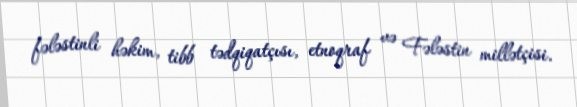
fələstinli həkim, tibb tədqiqatçısı, etnoqraf və Fələstin millətçisi.